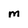
Character: M